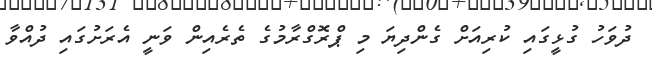
ދުވަހު ގުޅީގައި ކުރިއަށް ގެންދިޔަ މި ޕްރޮގްރާމުގެ ތެރެއިން ވަނީ އެރަށުގައި ދުއްވާ